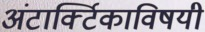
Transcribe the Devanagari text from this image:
अंटार्क्टिकाविषयी